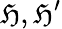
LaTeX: {\mathfrak{H}},{\mathfrak{H}}^{\prime}